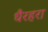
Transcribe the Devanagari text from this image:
धैरहरा